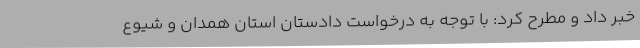
خبر داد و مطرح کرد: با توجه به درخواست دادستان استان همدان و شیوع